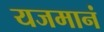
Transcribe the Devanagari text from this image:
यजमानं